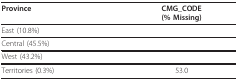
<table><thead><tr><td><b>Province</b></td><td><b>CMG_CODE(% Missing)</b></td></tr></thead><tbody><tr><td>East (10.8%)</td><td>[EMPTY_CELL]</td></tr><tr><td>Central (45.5%)</td><td>[EMPTY_CELL]</td></tr><tr><td>West (43.2%)</td><td>[EMPTY_CELL]</td></tr><tr><td>Territories (0.3%)</td><td>53.0</td></tr></tbody></table>